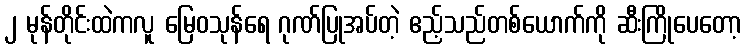
၂ မုန်တိုင်းထဲကလူ မြေဝသုန်ရေ ဂုဏ်ပြုအပ်တဲ့ ဧည့်သည်တစ်ယောက်ကို ဆီးကြိုပေတော့